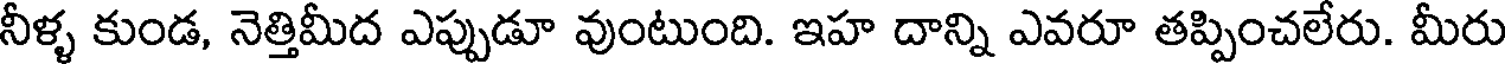
నీళ్ళ కుండ, నెత్తిమీద ఎప్పుడూ వుంటుంది. ఇహ దాన్ని ఎవరూ తప్పించలేరు. మీరు